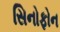
સિનોફોન